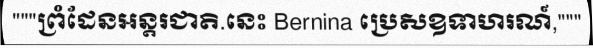
"""ព្រំដែនអន្តរជាតិ.នេះ Bernina ប្រេសឧទាហរណ៍,"""